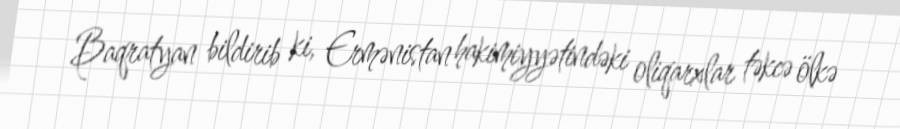
Baqratyan bildirib ki, Ermənistan hakimiyyətindəki oliqarxlar təkcə ölkə